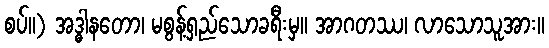
စပ်။) အဒ္ဓါနတော၊ မစွန့်ရှည်သောခရီးမှ။ အာဂတဿ၊ လာသောသူအား။